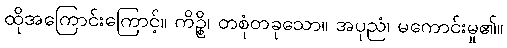
ထိုအကြောင်းကြောင့်။ ကိဉ္စိ၊ တစုံတခုသော။ အပုညံ၊ မကောင်းမှု၏။